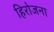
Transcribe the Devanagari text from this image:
हिरोजना